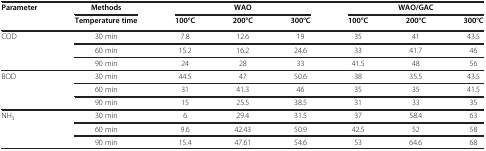
| Parameter | Methods | <COLSPAN=3> WAO | <COLSPAN=3> WAO/GAC |
 |  | Temperature time | 100°C | 200°C | 300°C | 100°C | 200°C | 300°C |
 | --- | --- | --- | --- | --- | --- | --- | --- |
 | COD | 30 min | 7.8 | 12.6 | 19 | 35 | 41 | 43.5 |
 |  | 60 min | 15.2 | 16.2 | 24.6 | 33 | 41.7 | 46 |
 |  | 90 min | 24 | 28 | 33 | 41.5 | 48 | 56 |
 | BOD | 30 min | 44.5 | 47 | 50.6 | 38 | 35.5 | 43.5 |
 |  | 60 min | 31 | 41.3 | 46 | 35 | 35 | 41.5 |
 |  | 90 min | 15 | 25.5 | 38.5 | 31 | 33 | 35 |
 | NH3 | 30 min | 6 | 29.4 | 31.5 | 37 | 58.4 | 63 |
 |  | 60 min | 9.6 | 42.43 | 50.9 | 42.5 | 52 | 58 |
 |  | 90 min | 15.4 | 47.61 | 54.6 | 53 | 64.6 | 68 |